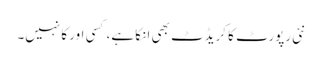
نئی رپورٹ کا کریڈٹ بھی ا نکا ہے، کسی اور کا نہیں۔